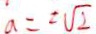
a = 2 \sqrt { 2 }